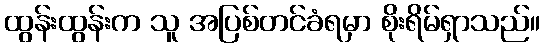
ထွန်းထွန်းက သူ အပြစ်တင်ခံရမှာ စိုးရိမ်ရှာသည်။